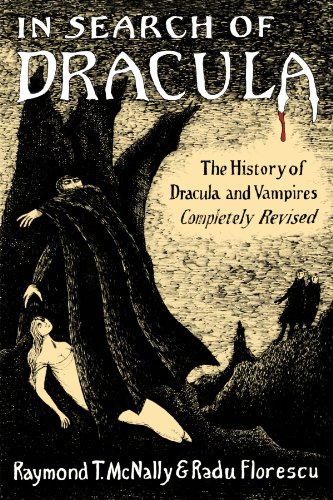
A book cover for In Search of Dracula: The History of Dracula and Vampires; Radu Florescu; History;